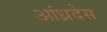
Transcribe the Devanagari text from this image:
आंध्रदेस